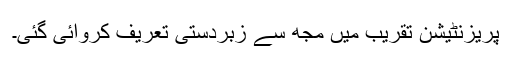
پریزنٹیشن تقریب میں مجھ سے زبردستی تعریف کروائی گئی۔